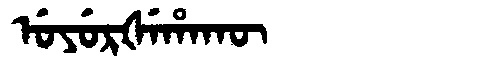
Manchu: ᡠᠶᡠᡵᡧᡝᡥᠠᡴᡡ
Romanization: UYURŠEHAKŪ